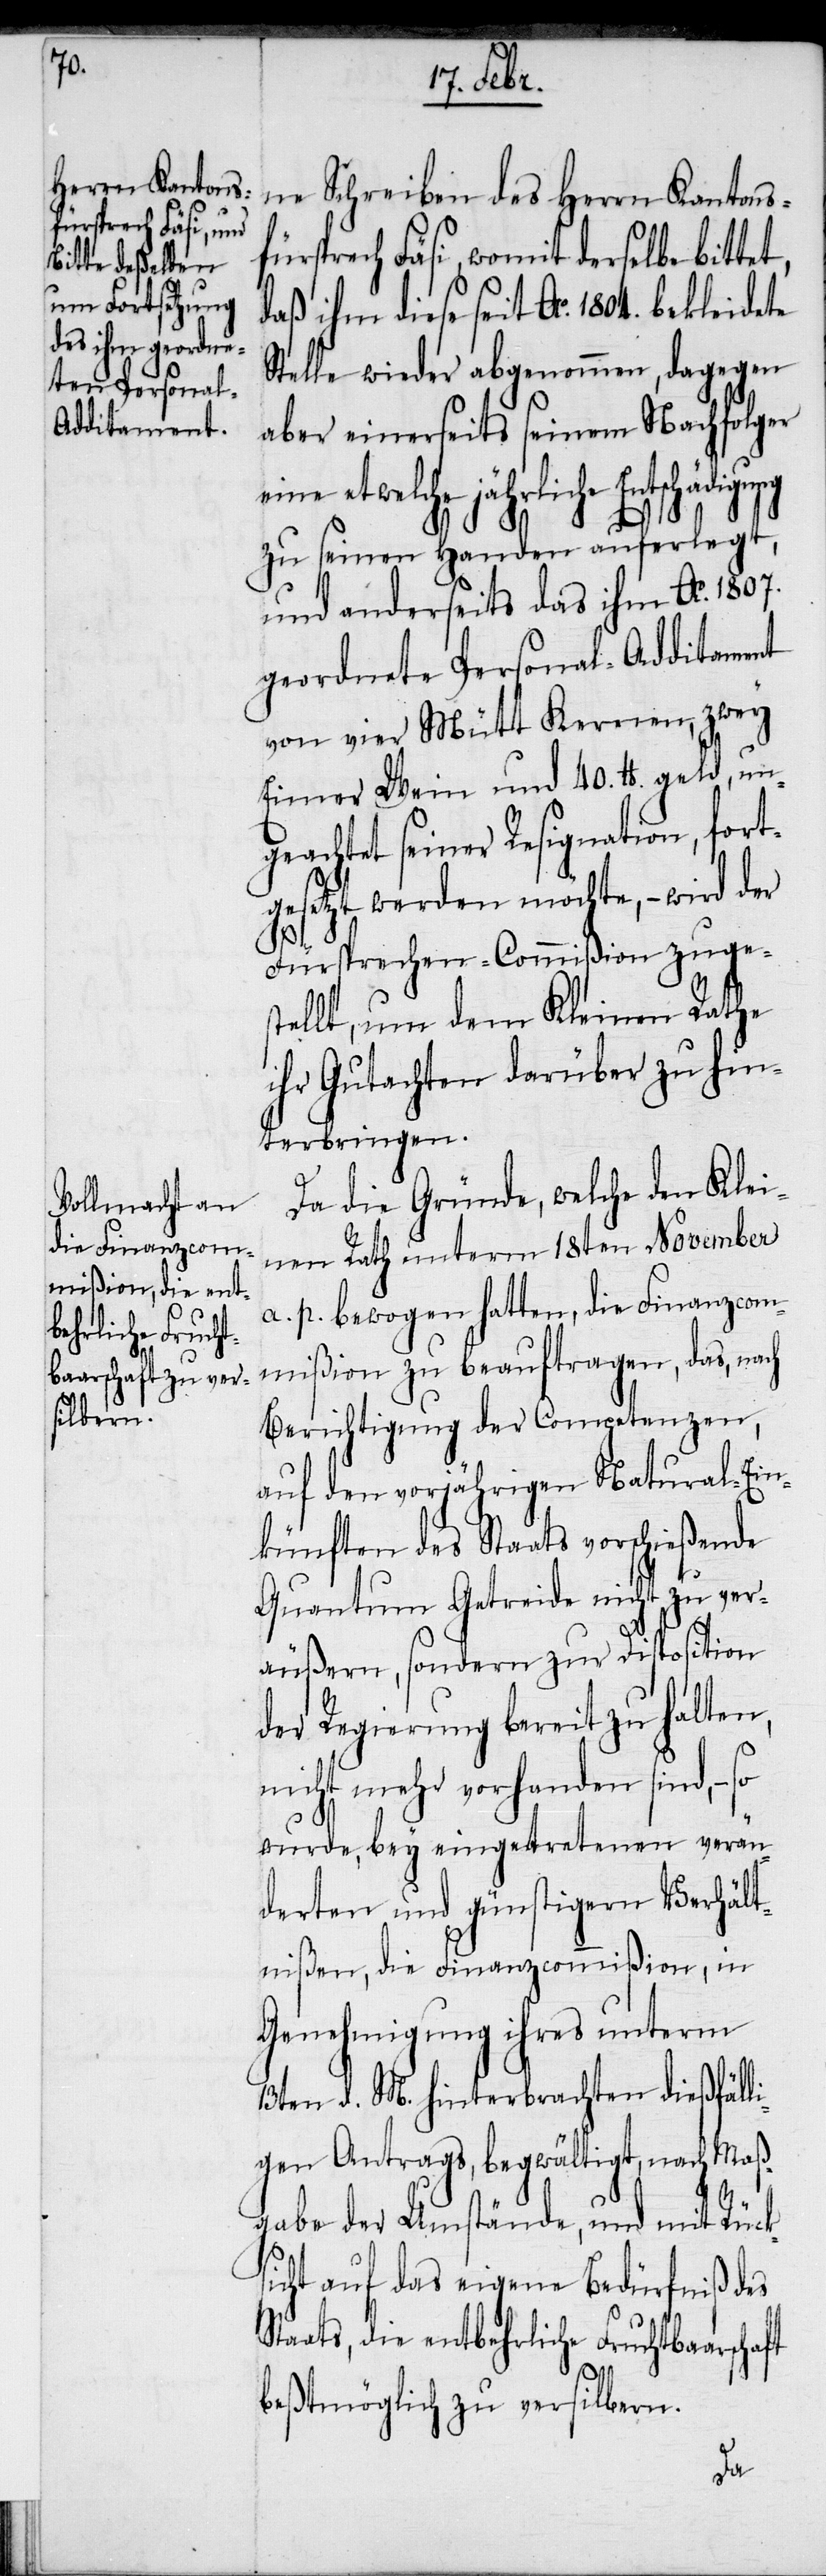
ne Schreiben des Herrn Kantons¬
fürsprech Fäsi, womit derselbe bittet,
daß ihm diese seit Ao. 1804. bekleidete
Stelle wieder abgenommen, dagegen
aber einerseits seinem Nachfolger
eine etwelche jährliche
zu seinen Handen auferlegt,
und anderseits das ihm Ao. 1807.
geordnete Personal-Additament
von vier Mütt Kernen, zwey
Eimer Wein und 40. lb. geld, un¬
geachtet seiner Resignation, fort¬
gesetzt werden möchte, − wird der
Fürsprechen-Commißion zuges¬
tellt, um dem Kleinen Rathe
ihr Gutachten darüber zu hin¬
terbringen.
Da die Gründe, welche den Klei¬
nen Rath unterm 18ten November
a. p. bewogen hatten, die Finanzcom¬
mißion zu beauftragen, das, na¬
Berichtigung der Competenzen,
auf den vorjährigen Natural-Ein¬
künften des Staats vorschießende
Quantum Getreide nicht zu ver¬
äußern, sondern zur Disposition
der Regierung bereit zu halten,
nicht mehr vorhanden sind, −
wurde, bey eingetretenen verän¬
derten und günstigern Verhält¬
nißen, die Finanzcommißion, in
Genehmigung ihres unterm
13ten d. M. hinterbrachten dießfäll¬
igen Antrags, begwältigt, nach Maaß¬
gabe der Umstände, und mit Rücks¬
icht auf das eigene Bedürfniß des
Staats, die entbehrliche Fruchtbaarscha¬
ft
beßtmöglich zu versilbern.